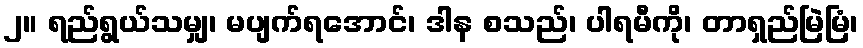
၂။ ရည်ရွယ်သမျှ၊ မပျက်ရအောင်၊ ဒါန စသည်၊ ပါရမီကို၊ တာရှည်မြဲမြံ၊